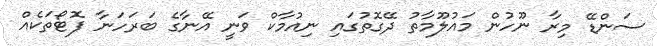
ސަންޑޭ މިރާ ނޫހުން މައުލޫމާތު ދޭގޮތުގައި ނިއުމާކް ވަނީ އޭނާގެ ބަރަހަނާ ފޮޓޯތަކެއް